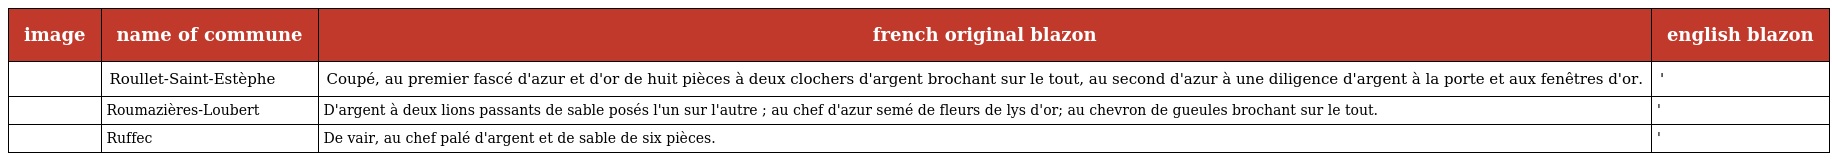
| image | name of commune | french original blazon | english blazon |
 | --- | --- | --- | --- |
 |  | Roullet-Saint-Estèphe | Coupé, au premier fascé d'azur et d'or de huit pièces à deux clochers d'argent brochant sur le tout, au second d'azur à une diligence d'argent à la porte et aux fenêtres d'or. | ' |
 |  | Roumazières-Loubert | D'argent à deux lions passants de sable posés l'un sur l'autre ; au chef d'azur semé de fleurs de lys d'or; au chevron de gueules brochant sur le tout. | ' |
 |  | Ruffec | De vair, au chef palé d'argent et de sable de six pièces. | ' |